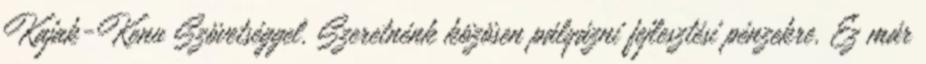
Kajak-Kenu Szövetséggel. Szeretnénk közösen pályázni fejlesztési pénzekre. Ez már